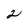
Character: 2